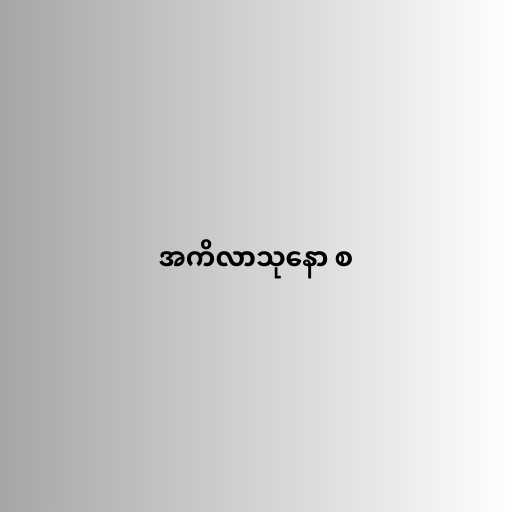
အကိလာသုနော စ